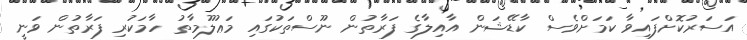
އަސަރުކޮށްފައިވާ ކަމަށްވެސް ކާޑޭޝަން އާއިލާގެ ފަރާތުން ނޫސްތަކުގައި މަޢުލޫމާތު ހާމަކުރި ފަރާތުން ވަނީ